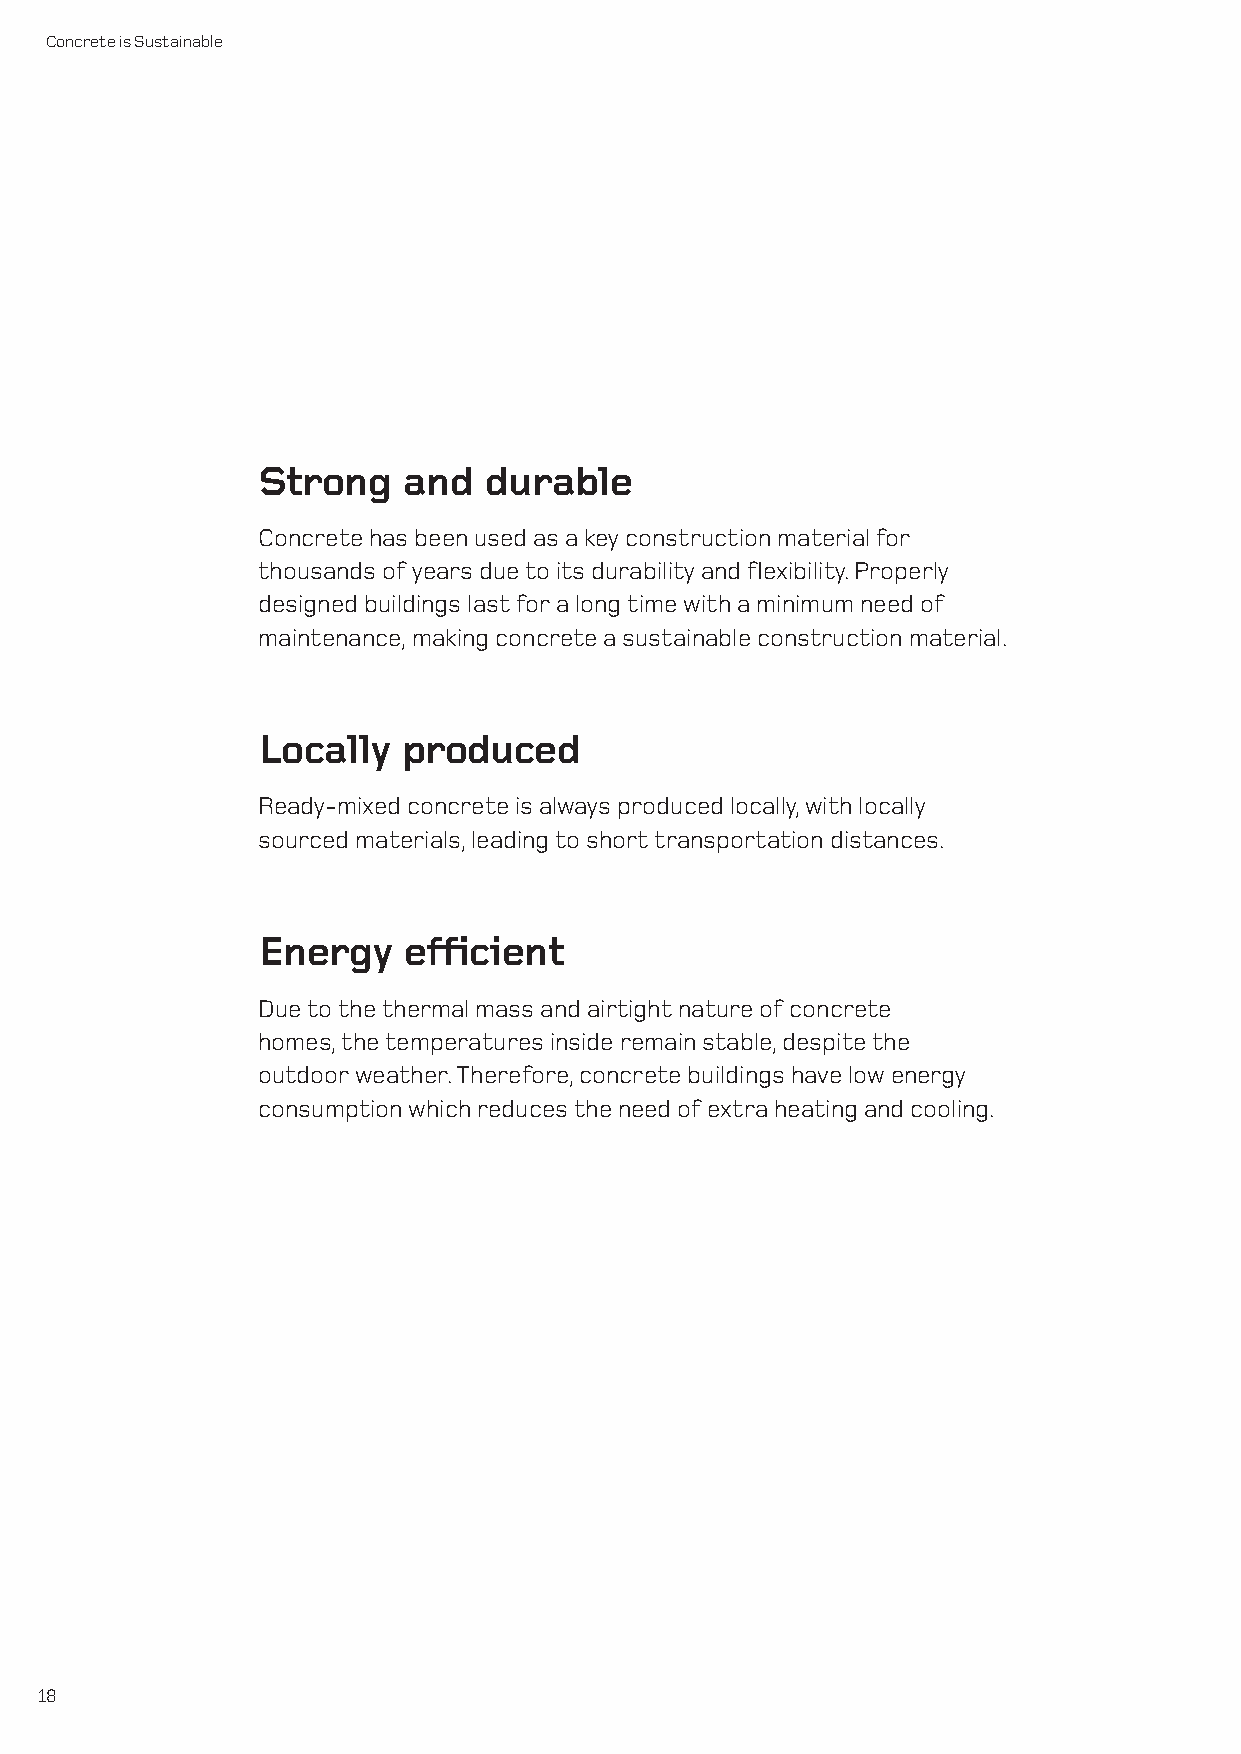
Concrete is Sustainable
 Strong    and  durable
 Concrete has been used as a key construction material for
 thousands of years due to its durability and flexibility. Properly
 designed buildings last for a long time with a minimum need of
 maintenance, making concrete a sustainable construction material.
 Locally   produced
 Ready-mixed concrete is always produced locally, with locally
 sourced materials, leading to short transportation distances.
 Energy    efficient
 Due to the thermal mass and airtight nature of concrete
 homes, the temperatures inside remain stable, despite the
 outdoor weather. Therefore, concrete buildings have low energy
 consumption which reduces the need of extra heating and cooling.
 18